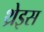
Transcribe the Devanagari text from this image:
थ्रेइस